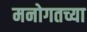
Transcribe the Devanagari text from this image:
मनोगतच्या